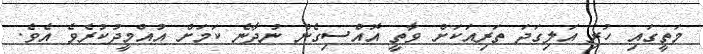
މަތީގައި ހުރި އަލިގަދަ ތަރިއަކަށް ވާތީ އޮއްސިގެން ނުދާނެ ކަމަށް އުއްމީދުކުރެވެ އެވެ.